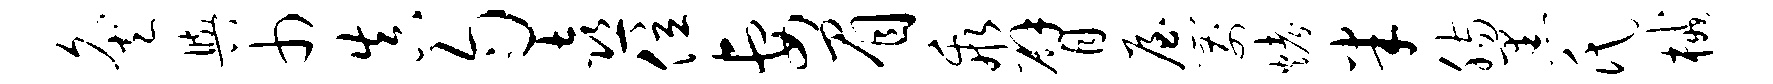
灸舆巾真匀喜位妻眉乖臂屋箭烤半肠黑氏械